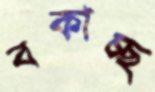
বকাচ্ছ